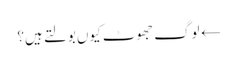
← لوگ جھوٹ کیوں بولتے ہیں؟